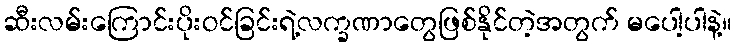
ဆီးလမ်းကြောင်းပိုးဝင်ခြင်းရဲ့လက္ခဏာတွေဖြစ်နိုင်တဲ့အတွက် မပေါ့ပါနဲ့။